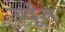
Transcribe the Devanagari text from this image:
उर्दूंत